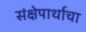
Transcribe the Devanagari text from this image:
संक्षेपार्थाचा